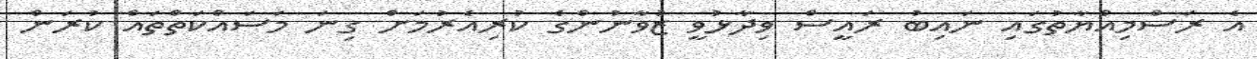
އެ ރަސްމިއްޔާތުގައި ނައިބު ރައީސް ވިދާޅުވީ ޒުވާނުންގެ ކުރިއެރުމަށް ގިނަ މަސައްކަތްތައް ކުރަން